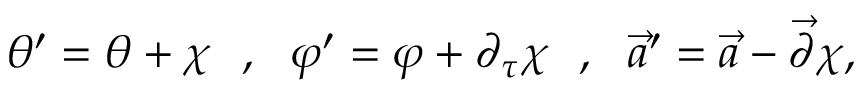
\theta ^ { \prime } = \theta + \chi \ \ , \ \ \varphi ^ { \prime } = \varphi + \partial _ { \tau } \chi \ \ , \ \ \vec { a } ^ { \prime } = \vec { a } - \vec { \partial } \chi ,